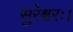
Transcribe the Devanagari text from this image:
सुरेश्वरः।